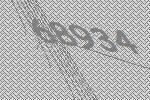
68934